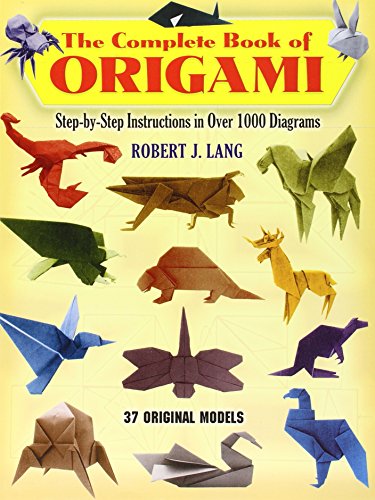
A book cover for The Complete Book of Origami: Step-by Step Instructions in Over 1000 Diagrams (Dover Origami Papercraft); Robert J. Lang; Crafts, Hobbies & Home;